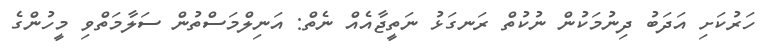
ހަރުކަށި އަދަބު ދިނުމަކުން ނުކުތް ރަނގަޅު ނަތީޖާއެއް ނެތް: އަނިލްމަސްތުން ސަލާމަތްވި މީހުންގެ